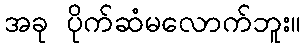
အခု ပိုက်ဆံမလောက်ဘူး။